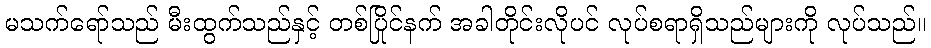
မသက်ရော်သည် မီးထွက်သည်နှင့် တစ်ပြိုင်နက် အခါတိုင်းလိုပင် လုပ်စရာရှိသည်များကို လုပ်သည်။